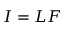
I = L F